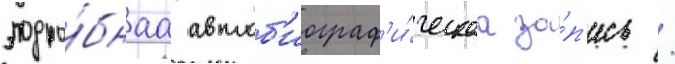
подро́бнаа автоб'иограф'и́ческаа за́п'ись /